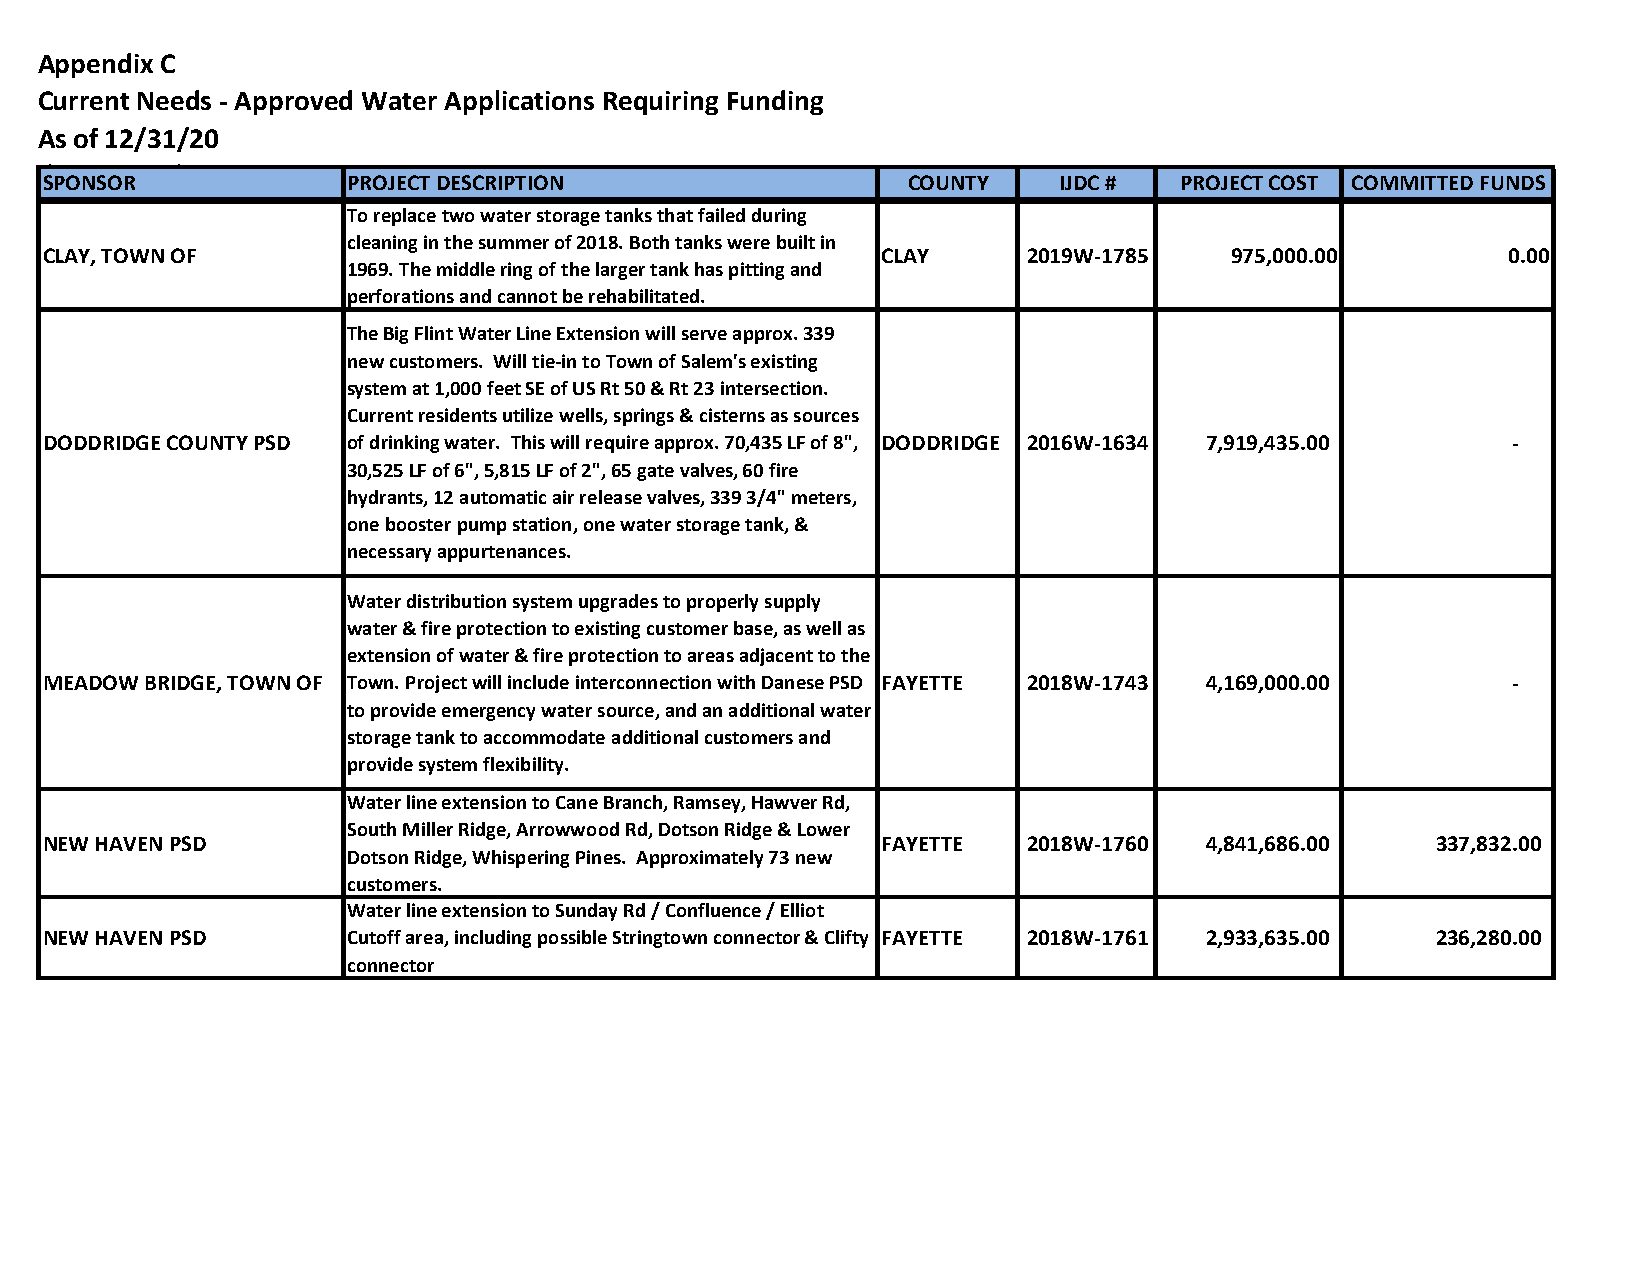
Appendix C
 Current Needs - Approved Water Applications Requiring Funding
 As of 12/31/20
 (By County)
 SPONSOR             PROJECT DESCRIPTION                  COUNTY    IJDC #  PROJECT COST COMMITTED FUNDS
 To replace two water storage tanks that failed during
 cleaning in the summer of 2018. Both tanks were built in
 CLAY, TOWN OF                                          CLAY      2019W-1785   975,000.00         0.00
 1969. The middle ring of the larger tank has pitting and
 perforations and cannot be rehabilitated.
 The Big Flint Water Line Extension will serve approx. 339
 new customers. Will tie-in to Town of Salem's existing
 system at 1,000 feet SE of US Rt 50 & Rt 23 intersection.
 Current residents utilize wells, springs & cisterns as sources
 DODDRIDGE COUNTY PSD of drinking water. This will require approx. 70,435 LF of 8", DODDRIDGE 2016W-1634 7 ,919,435.00 -
 30,525 LF of 6", 5,815 LF of 2", 65 gate valves, 60 fire
 hydrants, 12 automatic air release valves, 339 3/4" meters,
 one booster pump station, one water storage tank, &
 necessary appurtenances.
 Water distribution system upgrades to properly supply
 water & fire protection to existing customer base, as well as
 extension of water & fire protection to areas adjacent to the
 MEADOW BRIDGE, TOWN OF Town. Project will include interconnection with Danese PSD FAYETTE 2018W-1743 4 ,169,000.00 -
 to provide emergency water source, and an additional water
 storage tank to accommodate additional customers and
 provide system flexibility.
 Water line extension to Cane Branch, Ramsey, Hawver Rd,
 South Miller Ridge, Arrowwood Rd, Dotson Ridge & Lower
 NEW HAVEN PSD                                          FAYETTE   2018W-1760  4 ,841,686.00  3 37,832.00
 Dotson Ridge, Whispering Pines. Approximately 73 new
 customers.
 Water line extension to Sunday Rd / Confluence / Elliot
 NEW HAVEN PSD       Cutoff area, including possible Stringtown connector & Clifty FAYETTE 2018W-1761 2,933,635.00 236,280.00
 connector